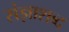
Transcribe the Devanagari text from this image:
संज्ञाशब्द